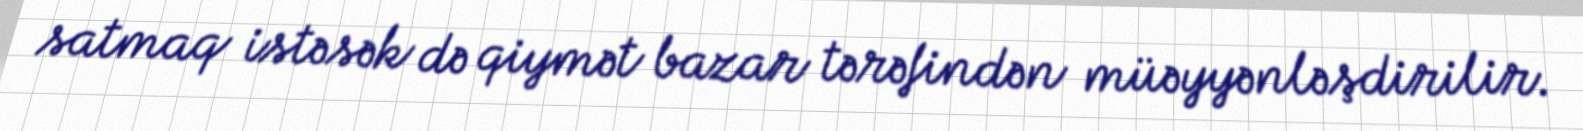
satmaq istəsək də qiymət bazar tərəfindən müəyyənləşdirilir.